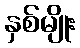
နှစ်မျိုး